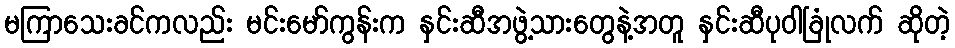
မကြာသေးခင်ကလည်း မင်းမော်ကွန်းက နှင်းဆီအဖွဲ့သားတွေနဲ့အတူ နှင်းဆီပုဝါခြုံလက် ဆိုတဲ့